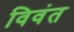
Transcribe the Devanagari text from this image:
विवंत